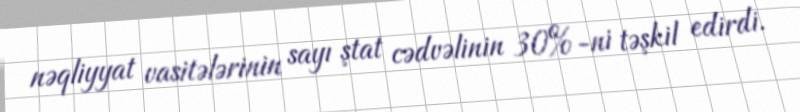
nəqliyyat vasitələrinin sayı ştat cədvəlinin 30%-ni təşkil edirdi.